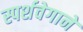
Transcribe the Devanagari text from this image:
स्पर्शवेगाने